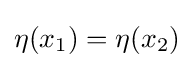
\eta (x_{1})=\eta (x_{2})